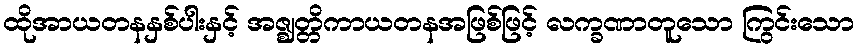
ထိုအာယတနနှစ်ပါးနှင့် အဇ္ဈတ္တိကာယတနအဖြစ်ဖြင့် လက္ခဏာတူသော ကြွင်းသော